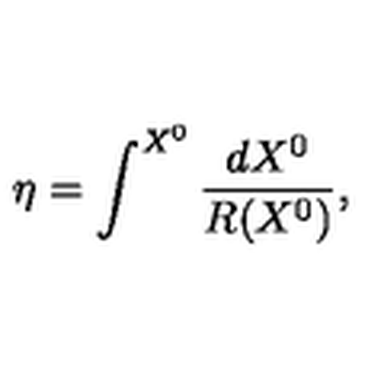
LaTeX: \eta = \int ^ { X ^ { 0 } } \frac { d X ^ { 0 } } { R ( X ^ { 0 } ) } ,